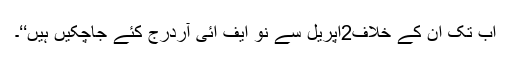
اب تک ان کے خلاف2اپریل سے نو ایف ائی آردرج کئے جاچکیں ہیں‘‘۔